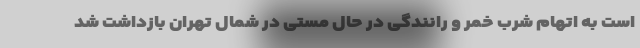
است به اتهام شرب خمر و رانندگی در حال مستی در شمال تهران بازداشت شد